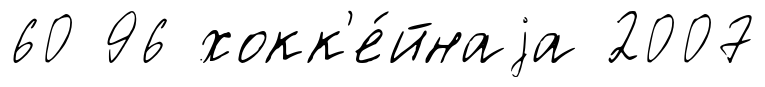
60 96 хокк'е́йнаjа 2007